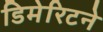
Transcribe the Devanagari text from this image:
डिमेरिटने